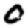
Digit: 0